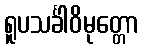
ရူပသင်္ခါဝိမုတ္တော